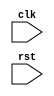
`timescale 1ns/1ns

module accelerator #(parameter ARRAY_SIZE=8) 
    (

    input clk, 
    input rst);

endmodule